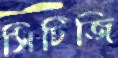
সিটিজি